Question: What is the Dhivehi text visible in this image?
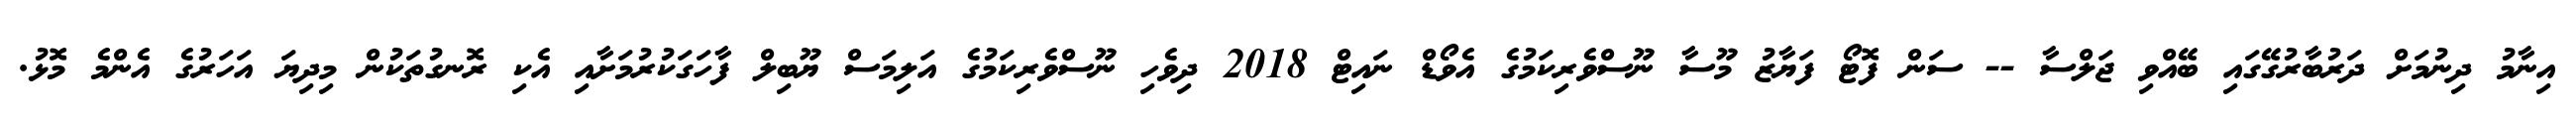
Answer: އިނާމު ދިނުމަށް ދަރުބާރުގޭގައި ބޭއްވި ޖަލްސާ -- ސަން ފޮޓޯ ފަޔާޒު މޫސާ ނޫސްވެރިކަމުގެ އެވޯޑް ނައިޓް 2018 ދިވެހި ނޫސްވެރިކަމުގެ އަލިމަސް ޔޫބިލް ފާހަގަކުރުމަށާއި އެކި ރޮނގުތަކުން މިދިޔަ އަހަރުގެ އެންމެ މޮޅު.